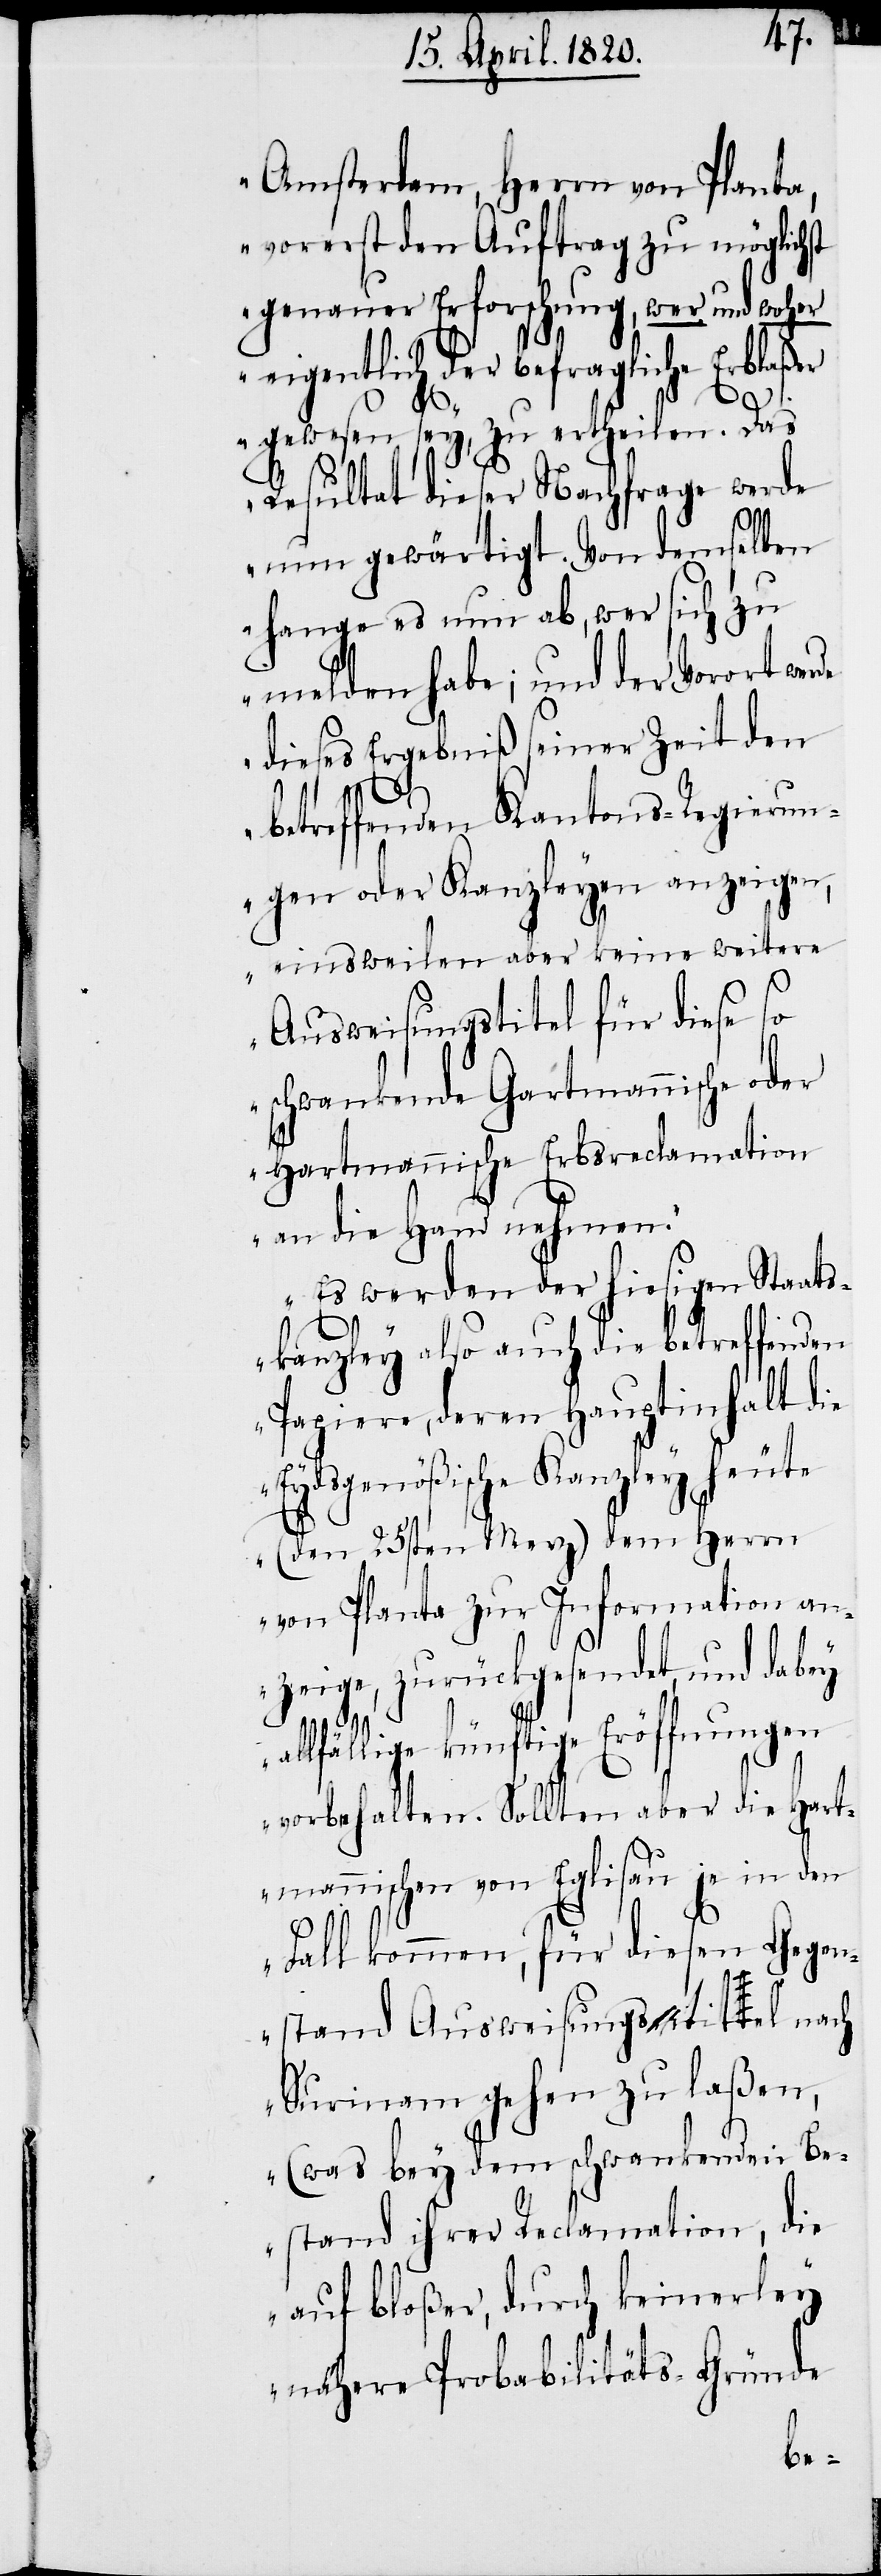
Amsterdam, Herrn von Planta,
vorerst den Auftrag zu möglichst
genauer Erforschung, wer und woher
eigentlich der befragliche Erblaßer
gewesen sey, zu ertheilen. Das
Resultat dieser Nachfrage werde
nun gewärtigt. Von demselben
Hange es nun ab, wer sich zu
melden habe; und der Vorort wird
dieses Ergebniß seiner Zeit den
betreffenden Kantons-Regierun¬
gen oder Kanzleyen anzeigen,
einsweilen aber keine weitere
Ausweisungstitel für diese so
schwankende Gartmannische oder
Hartmannische Erbsreclamation
an die Hand nehmen.
Es werden der hiesigen Staats¬
kanzley also auch die betreffenden
Papiere, deren Hauptinhalt die
Eydsgenößische Kanzley heute
(dem 25sten Merz) dem Herrn
von Planta zur Information an¬
zeige, zurückgesendet, und dabey
allfällige künftige Eröffnungen
vorbehalten. Sollten aber die Hart¬
mannischen von Eglisau je in den
Fall kommen, für diesen Gegen¬
stand Ausweisungstitel nach
Surinam gehen zu laßen,
(was bey dem schwankenden Be¬
stand ihrer Reclamation, die
auf bloßer, durch keinerley
nähern Probabilitäts-Gründe